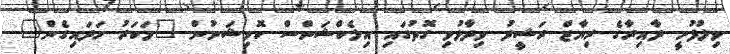
ވިލުފުށީ ދާއިރާގެ ރިޔާޒް ރަޝީދު ވިދާޅުވި ގޮތުގައި އިލެކްޝަންސް ކޮމިޝަނުން "މަކަރު ހަދައިގެން"